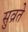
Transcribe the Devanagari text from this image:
सुव्रते